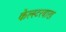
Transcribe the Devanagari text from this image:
केल्स्टरबाख